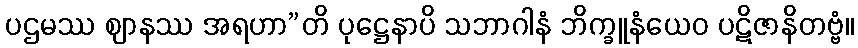
ပဌမဿ ဈာနဿ အရဟာ”တိ ပုဋ္ဌေနာပိ သဘာဂါနံ ဘိက္ခူနံယေဝ ပဋိဇာနိတဗ္ဗံ။